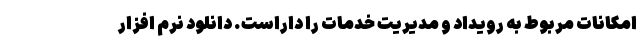
امکانات مربوط به رویداد و مدیریت خدمات را داراست. دانلود نرم افزار